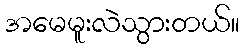
အမေမူးလဲသွားတယ်။